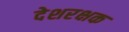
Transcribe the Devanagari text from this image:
देशरक्षक